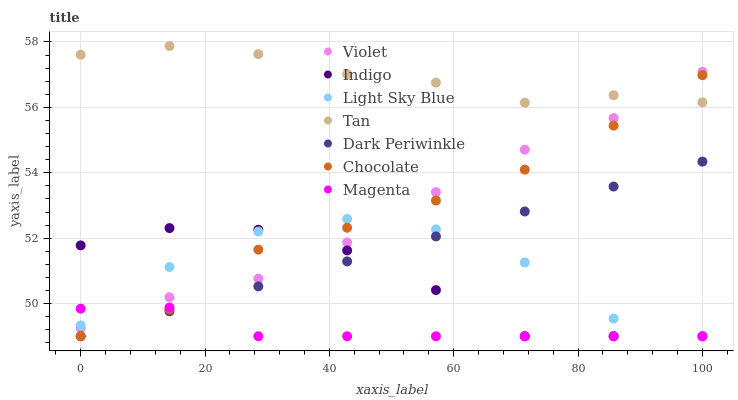
| xaxis_label | Violet | Indigo | Light Sky Blue | Tan | Dark Periwinkle | Chocolate | Magenta |
 | --- | --- | --- | --- | --- | --- | --- | --- |
 | 0 | 49.2 | 51.8 | 49.3 | 57.6 | 49 | 49 | 49.8 |
 | 14.3 | 50.2 | 52.3 | 51.1 | 57.9 | 49.8 | 49.8 | 49.9 |
 | 28.6 | 50.8 | 52.3 | 52.2 | 57.6 | 50.5 | 51.6 | 49 |
 | 42.9 | 51.9 | 51.6 | 52.6 | 57 | 51.3 | 52.3 | 49 |
 | 57.1 | 53.4 | 50.4 | 52.3 | 56.8 | 52.1 | 53.1 | 49 |
 | 71.4 | 54.7 | 49 | 51.3 | 56.1 | 52.8 | 54.1 | 49 |
 | 85.7 | 55.7 | 49 | 49.5 | 56.4 | 53.6 | 55.4 | 49 |
 | 100 | 57.1 | 49 | 49 | 56.2 | 54.3 | 57 | 49 |